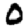
Digit: 0